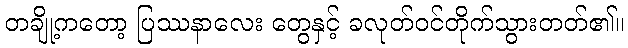
တချို့ကတော့ ပြဿနာလေး တွေနှင့် ခလုတ်ဝင်တိုက်သွားတတ်၏။